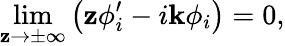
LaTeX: \operatorname*{lim}_{\mathbf{z}\to\pm\infty}\left(\mathbf{z}\phi_{i}^{\prime}-i\mathbf{k}\phi_{i}\right)=0,